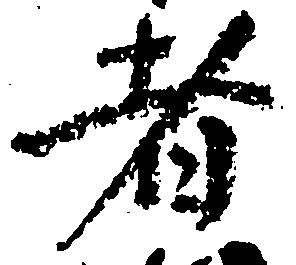
者